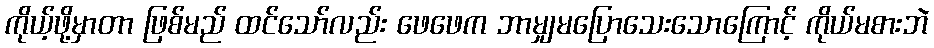
ကိုယ့်ဖို့မှာတာ ဖြစ်မည် ထင်သော်လည်း ဖေဖေက ဘာမျှမပြောသေးသောကြောင့် ကိုယ်မစားဘဲ